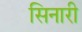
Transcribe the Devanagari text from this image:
सिनारी